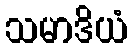
သမာဒိယံ